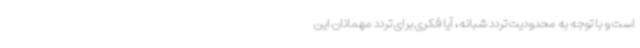
است و با توجه به محدودیت تردد شبانه، آیا فکری برای تردد مهمانان این